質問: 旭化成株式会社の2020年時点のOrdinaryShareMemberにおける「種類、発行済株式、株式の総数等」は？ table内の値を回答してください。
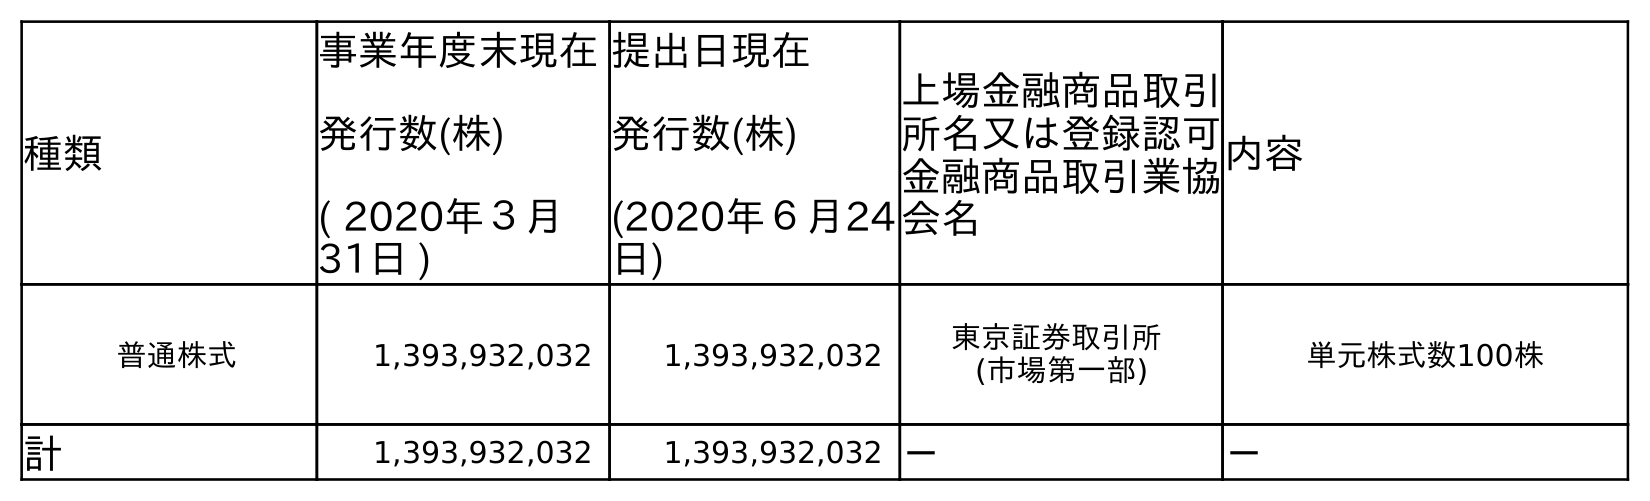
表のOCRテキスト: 種類 事業年度末現在 発行数(株) ( 2020年３月 31日 ) 提出日現在 発行数(株) (2020年６月24 日) 上場金融商品取引 所名又は登録認可 金融商品取引業協 会名 内容 普通株式 1,393,932,032 1,393,932,032 東京証券取引所 (市場第一部) 単元株式数100株 計 1,393,932,032 1,393,932,032 － －
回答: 普通株式